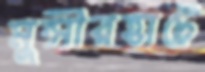
মুন্সীরহাটে